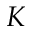
K